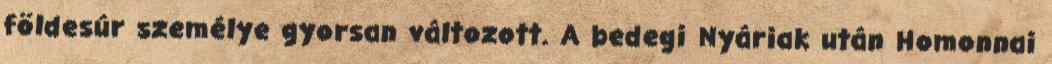
földesúr személye gyorsan változott. A bedegi Nyáriak után Homonnai